Leprosy in India: report of the Leprosy Commission in India, 1890-91
Year: 1890
Disease focus: Leprosy
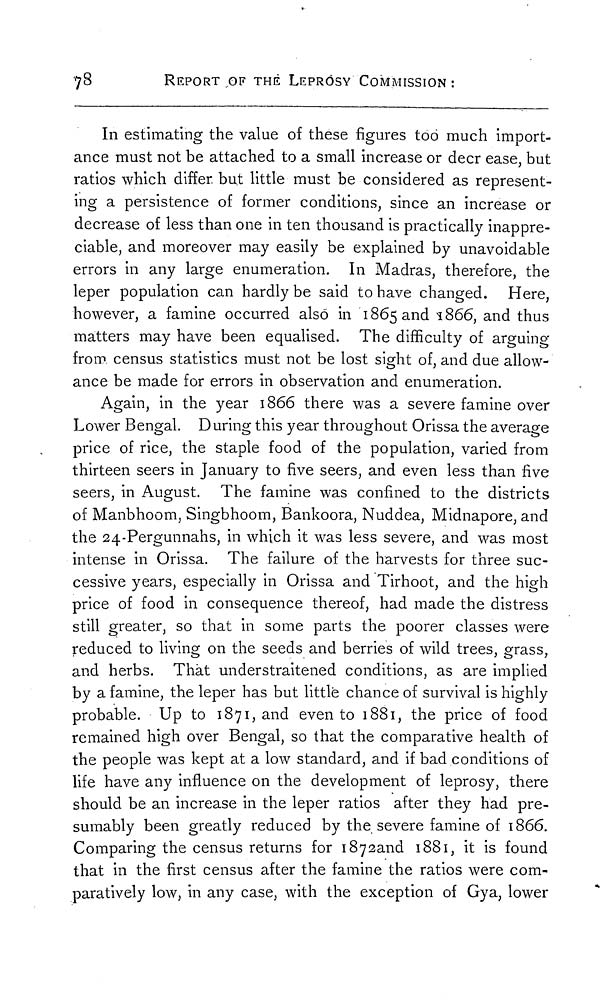
78
REPORT OF THE LEPROSY COMMISSION :
In estimating the value of these figures too much import-
ance must not be attached to a small increase or decr ease, but
ratios which differ, but little must be considered as represent-
ing a persistence of former conditions, since an increase or
decrease of less than one in ten thousand is practically inappre-
ciable, and moreover may easily be explained by unavoidable
errors in any large enumeration. In Madras, therefore, the
leper population can hardly be said to have changed. Here,
however, a famine occurred also in 1865 and 1866, and thus
matters may have been equalised. The difficulty of arguing
from census statistics must not be lost sight of, and due allow-
ance be made for errors in observation and enumeration.
Again, in the year 1866 there was a severe famine over
Lower Bengal. During this year throughout Orissa the average
price of rice, the staple food of the population, varied from
thirteen seers in January to five seers, and even less than five
seers, in August. The famine was confined to the districts
of Manbhoom, Singbhoom, Bankoora, Nuddea, Midnapore, and
the 24-Pergunnahs, in which it was less severe, and was most
intense in Orissa. The failure of the harvests for three suc-
cessive years, especially in Orissa and Tirhoot, and the high
price of food in consequence thereof, had made the distress
still greater, so that in some parts the poorer classes were
reduced to living on the seeds and berries of wild trees, grass,
and herbs. That understraitened conditions, as are implied
by a famine, the leper has but little chance of survival is highly
probable. Up to 1871, and even to 1881, the price of food
remained high over Bengal, so that the comparative health of
the people was kept at a low standard, and if bad conditions of
life have any influence on the development of leprosy, there
should be an increase in the leper ratios after they had pre-
sumably been greatly reduced by the severe famine of 1866.
Comparing the census returns for 1872and 1881, it is found
that in the first census after the famine the ratios were com-
paratively low, in any case, with the exception of Gya, lower